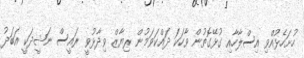
ހުށަހެޅުއްވި އިސްލާހާއި ގުޅޭގޮތުން ވާހަކަ ދައްކަވަމުން ރިޔާޒް ވިދާޅުވީ ރައީސް ނަޝީދަކީ އަބަދު